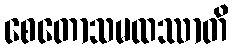
စေတောသမထဿာတိ